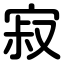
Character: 寂